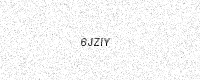
Text: 6JZIY